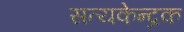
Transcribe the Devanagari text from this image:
सत्यकेन्द्रक